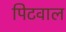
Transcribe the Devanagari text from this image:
पिटवाल